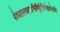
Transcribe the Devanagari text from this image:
पेश्यास्त्वङ्गाभिनिर्वृत्तिर्नखरोमाणि